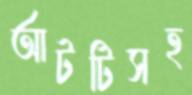
আটটিসহ